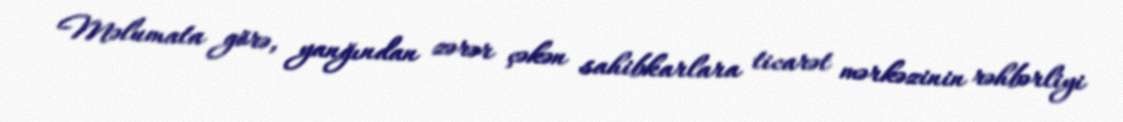
Məlumata görə, yanğından zərər çəkən sahibkarlara ticarət mərkəzinin rəhbərliyi